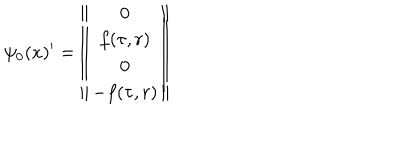
\psi _ { 0 } ( x ) ^ { \prime } = \left\| \begin{array} { c } { { 0 } } \\ { { f ( \tau , r ) } } \\ { { 0 } } \\ { { - f ( \tau , r ) } } \\ \end{array} \right\|